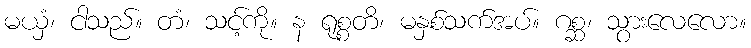
မယှံ၊ ငါသည်။ တံ၊ သင့်ကို။ န ရုစ္စတိ၊ မနှစ်သက်အပ်။ ဂစ္ဆ၊ သွားလေလော။